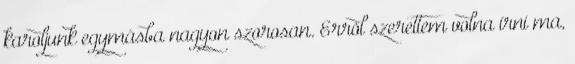
karoljunk egymásba nagyon szorosan. Errõl szerettem volna írni ma,